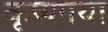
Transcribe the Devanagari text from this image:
कृष्णाया